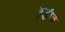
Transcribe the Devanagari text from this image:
बुद्धीचं